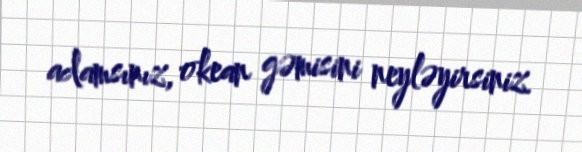
adamsınız, okean gəmisini neyləyirsiniz.